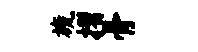
旒摺骨